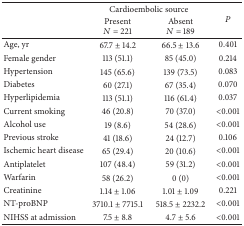
|  | <COLSPAN=2> Cardioembolic source | <ROWSPAN=2> P |
 |  | PresentN = 221 | AbsentN = 189 |
 | --- | --- | --- | --- |
 | Age, yr | 67.7 ± 14.2 | 66.5 ± 13.6 | 0.401 |
 | Female gender | 113 (51.1) | 85 (45.0) | 0.214 |
 | Hypertension | 145 (65.6) | 139 (73.5) | 0.083 |
 | Diabetes | 60 (27.1) | 67 (35.4) | 0.070 |
 | Hyperlipidemia | 113 (51.1) | 116 (61.4) | 0.037 |
 | Current smoking | 46 (20.8) | 70 (37.0) | <0.001 |
 | Alcohol use | 19 (8.6) | 54 (28.6) | <0.001 |
 | Previous stroke | 41 (18.6) | 24 (12.7) | 0.106 |
 | Ischemic heart disease | 65 (29.4) | 20 (10.6) | <0.001 |
 | Antiplatelet | 107 (48.4) | 59 (31.2) | <0.001 |
 | Warfarin | 58 (26.2) | 0 (0) | <0.001 |
 | Creatinine | 1.14 ± 1.06 | 1.01 ± 1.09 | 0.221 |
 | NT-proBNP | 3710.1 ± 7715.1 | 518.5 ± 2232.2 | <0.001 |
 | NIHSS at admission | 7.5 ± 8.8 | 4.7 ± 5.6 | <0.001 |